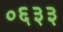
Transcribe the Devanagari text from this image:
०६३३